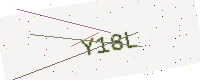
Text: Y18L